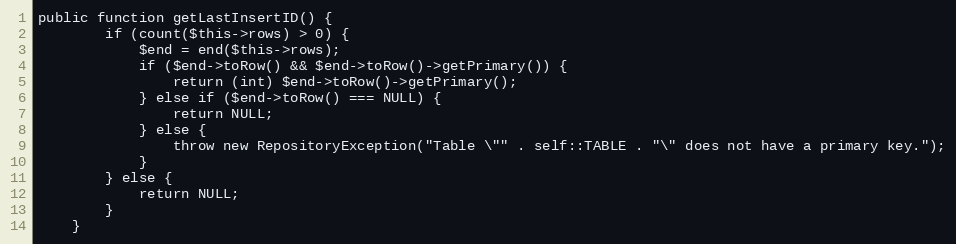
Language: PHP
public function getLastInsertID() {
		if (count($this->rows) > 0) {
			$end = end($this->rows);
			if ($end->toRow() && $end->toRow()->getPrimary()) {
				return (int) $end->toRow()->getPrimary();
			} else if ($end->toRow() === NULL) {
				return NULL;
			} else {
				throw new RepositoryException("Table \"" . self::TABLE . "\" does not have a primary key.");
			}
		} else {
			return NULL;
		}
	}